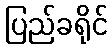
ပြည်ခရိုင်